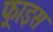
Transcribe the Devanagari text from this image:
फ़्राइस